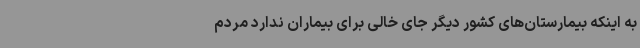
به اینکه بیمارستان‌های کشور دیگر جای خالی برای بیماران ندارد مردم